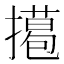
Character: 𢶭